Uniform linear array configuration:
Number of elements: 64
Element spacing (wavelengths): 1
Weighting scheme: cosine
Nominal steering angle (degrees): -15
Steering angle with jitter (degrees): -16.46
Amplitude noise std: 0.05
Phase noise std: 0.05

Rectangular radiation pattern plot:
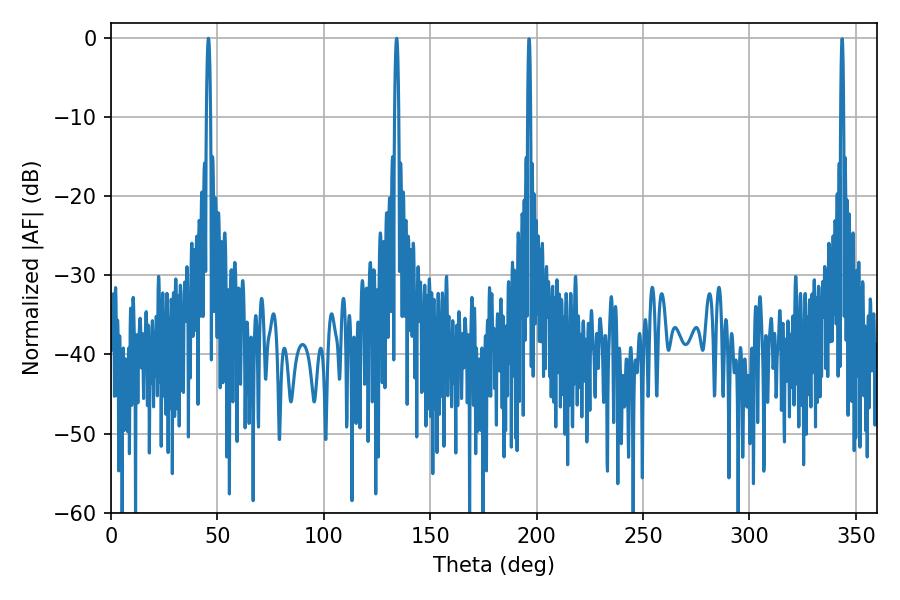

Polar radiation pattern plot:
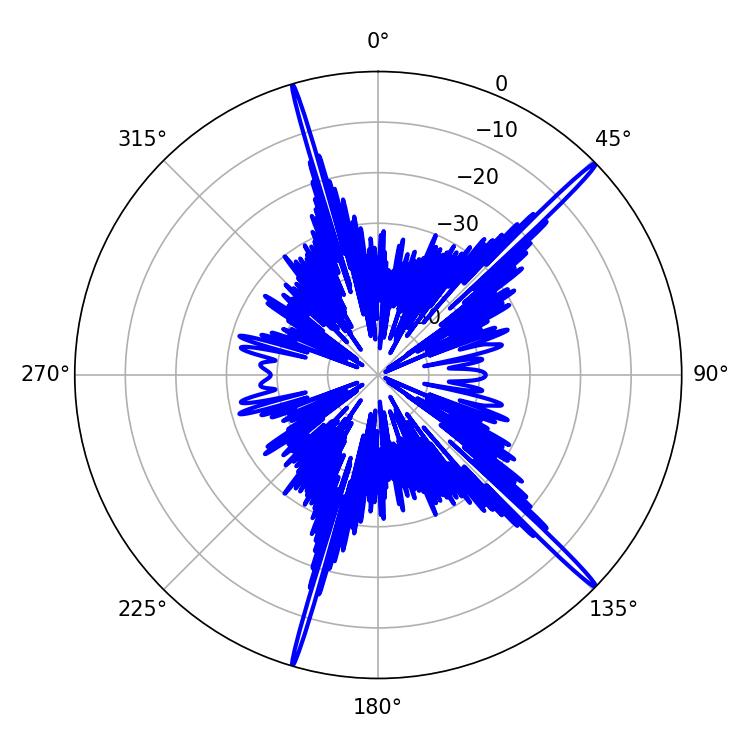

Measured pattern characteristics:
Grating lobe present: TRUE
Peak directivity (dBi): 19.372
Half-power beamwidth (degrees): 0.9
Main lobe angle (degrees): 45.72